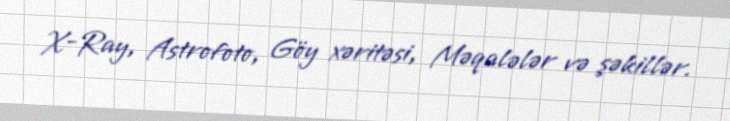
X-Ray, Astrofoto, Göy xəritəsi, Məqalələr və şəkillər.